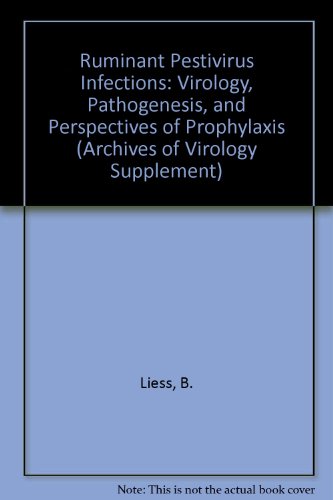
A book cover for Ruminant Pestivirus Infections: Virology, Pathogenesis, and Perspectives of Prophylaxis (Archives of Virology Supplement); B. Liess; Medical Books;